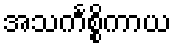
အသင်္ကစ္စိကာယ